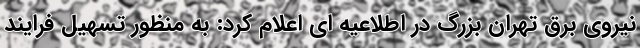
نیروی برق تهران بزرگ در اطلاعیه ای اعلام کرد: به منظور تسهیل فرایند